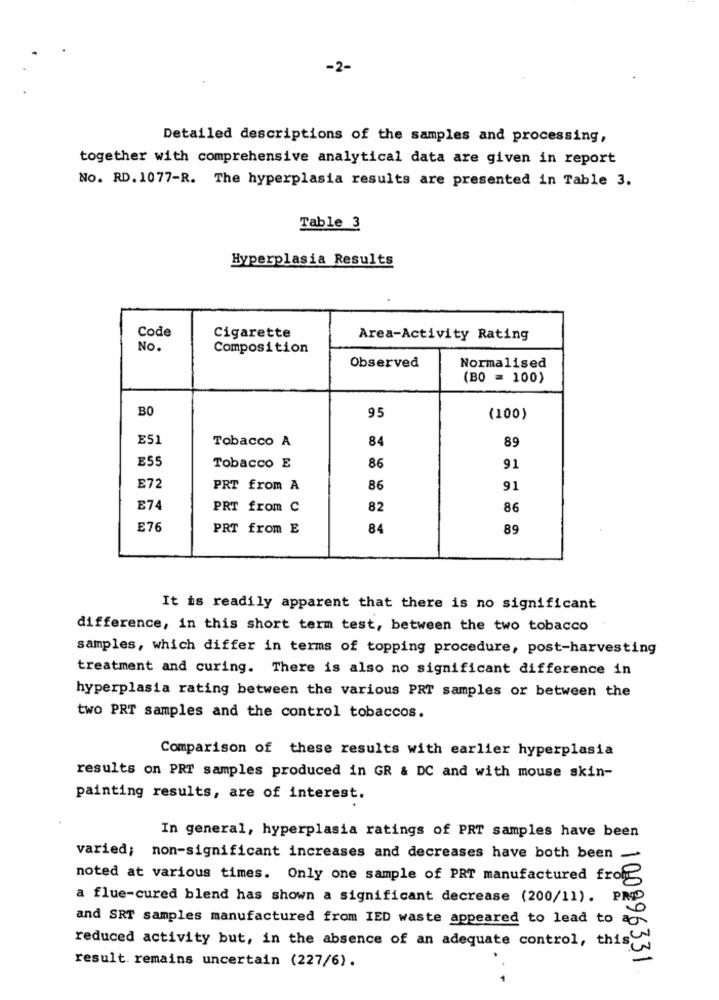
-2-
Detailed descriptions of the samples and processing,
together with comprehensive analytical data are given in report
No. RD. 1077-R. The hyperplasia results are presented in Table 3.
Table 3
Hyperplasia Results
Code
Cigarette
Area-Activity Rating
No.
Composition
Observed
Normalised
(BO = 100)
BO
95
(100)
E51
Tobacco A
84
89
E55
Tobacco E
86
91
E72
PRT from A
86
91
E74
PRT from C
82
86
£76
PRT from E
84
89
It is readily apparent that there is no significant
difference, in this short term test, between the two tobacco
samples, which differ in terms of topping procedure, post-harvesting
treatment and curing. There is also no significant difference in
hyperplasia rating between the various PRT samples or between the
two PRT samples and the control tobaccos.
Comparison of these results with earlier hyperplasia
results on PRT samples produced in GR & DC and with mouse skin-
painting results, are of interest.
In general, hyperplasia ratings of PRT samples have been
varied; non-significant increases and decreases have both been ~
noted at various times. Only one sample of PRT manufactured froE
a flue-cured blend has shown a significant decrease (200/11). PRØD
and SRT samples manufactured from IED waste appeared to lead to ac
reduced activity but, in the absence of an adequate control, this"
result. remains uncertain (227/6).